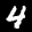
Label: 4